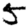
Digit: 5